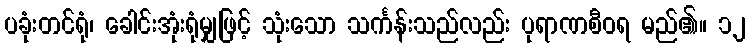
ပခုံးတင်ရုံ၊ ခေါင်းအုံးရုံမျှဖြင့် သုံးသော သင်္ကန်းသည်လည်း ပုရာဏစီဝရ မည်၏။ ၁၂